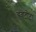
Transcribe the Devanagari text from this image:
हंबंटोटा